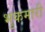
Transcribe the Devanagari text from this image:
भुकमारी